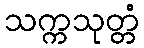
သက္ကသုတ္တံ